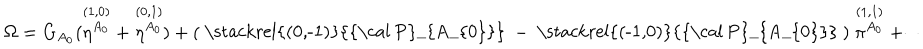
\Omega = G _ { A _ { 0 } } ( \stackrel { ( 1 , 0 ) } { \eta ^ { A _ { 0 } } } + \stackrel { ( 0 , 1 ) } { \eta ^ { A _ { 0 } } } ) + ( { \raise . 5 p t \mathrm { ~ \stackrel { ( 0 , - 1 ) } { { \cal ~ P } _ { A _ { 0 } } } ~ } } - { \raise . 5 p t \mathrm { ~ \stackrel { ( - 1 , 0 ) } { { \cal ~ P } _ { A _ { 0 } } } ~ } } ) \stackrel { ( 1 , 1 ) } { \pi ^ { A _ { 0 } } } + \cdots